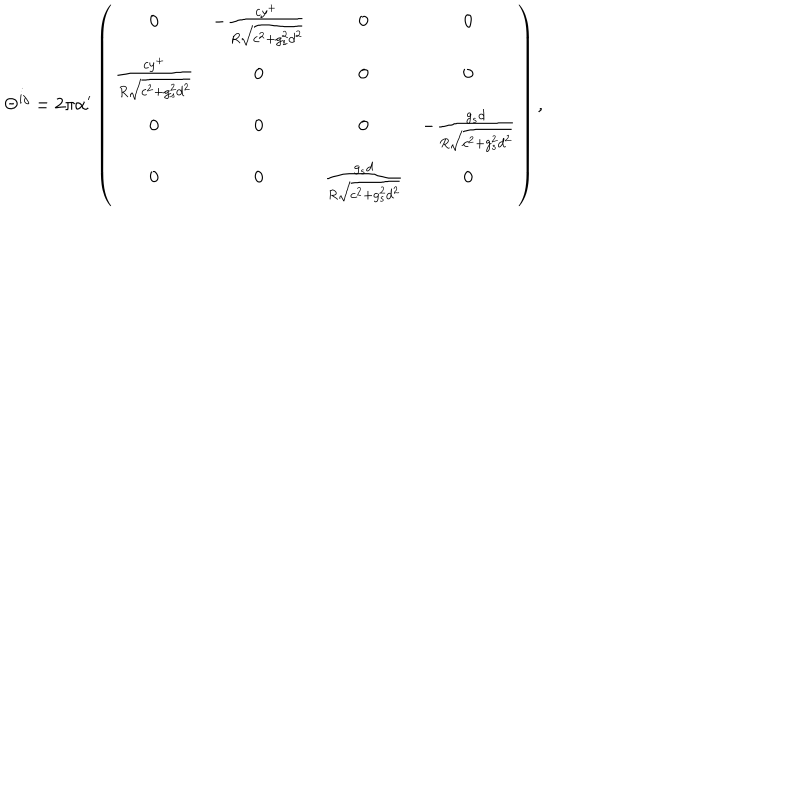
LaTeX: \Theta ^ { i j } = 2 \pi \alpha ^ { \prime } \left( \begin{array} { c c c c } { { 0 } } & { { - \frac { c y ^ { + } } { R \sqrt { c ^ { 2 } + g _ { s } ^ { 2 } d ^ { 2 } } } } } & { { 0 } } & { { 0 } } \\ { { \frac { c y ^ { + } } { R \sqrt { c ^ { 2 } + g _ { s } ^ { 2 } d ^ { 2 } } } } } & { { 0 } } & { { 0 } } & { { 0 } } \\ { { 0 } } & { { 0 } } & { { 0 } } & { { - \frac { g _ { s } d } { R \sqrt { c ^ { 2 } + g _ { s } ^ { 2 } d ^ { 2 } } } } } \\ { { 0 } } & { { 0 } } & { { \frac { g _ { s } d } { R \sqrt { c ^ { 2 } + g _ { s } ^ { 2 } d ^ { 2 } } } } } & { { 0 } } \\ \end{array} \right) ,